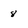
Character: 8